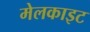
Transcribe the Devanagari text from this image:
मेलकाइट